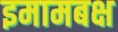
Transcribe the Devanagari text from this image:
इमामबक्ष